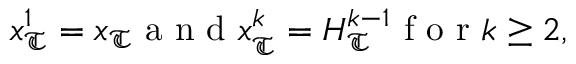
\boldsymbol x _ { \mathfrak T } ^ { 1 } = \boldsymbol x _ { \mathfrak T } \mathrm { ~ a ~ n ~ d ~ } \boldsymbol x _ { \mathfrak T } ^ { k } = H _ { \mathfrak T } ^ { k - 1 } \mathrm { ~ f ~ o ~ r ~ } k \geq 2 ,